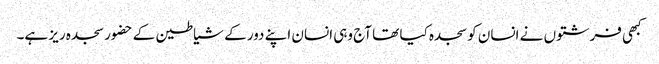
کبھی فرشتوں نے انسان کو سجدہ کیا تھا آج وہی انسان اپنے دور کے شیاطین کے حضور سجدہ ریز ہے۔